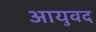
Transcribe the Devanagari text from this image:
आयुवद